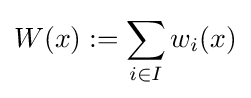
W(x):=\sum _{i\in I}w_{i}(x)